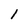
Character: 1